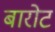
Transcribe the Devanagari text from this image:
बारोट